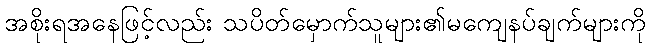
အစိုးရအနေဖြင့်လည်း သပိတ်မှောက်သူများ၏မကျေနပ်ချက်များကို